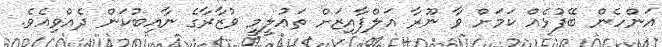
އަންހެން ބޭފުޅެއް ކަމަށް ވާ ނޫރާ އަލްފާއިޒަށް ތަޢުލީމީ ވުޒާރާގެ ނާއިބުކަން ދެއްވިއެވެ.